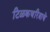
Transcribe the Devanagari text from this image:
टिळकचरित्राचे